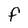
Character: F